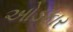
ઓડકાર